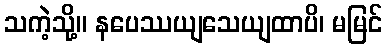
သကဲ့သို့။ နပေဿယျသေယျထာပိ၊ မမြင်